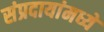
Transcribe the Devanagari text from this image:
संप्रदायांमध्ये